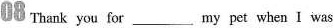
08 Thank you for___ my pet when I was